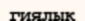
гиялық